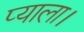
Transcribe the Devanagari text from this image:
प्याला।